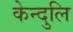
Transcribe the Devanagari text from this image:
केन्दुलि